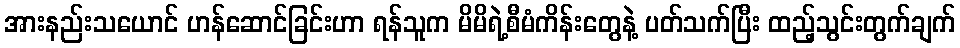
အားနည်းသယောင် ဟန်ဆောင်ခြင်းဟာ ရန်သူက မိမိရဲ့စီမံကိန်းတွေနဲ့ ပတ်သက်ပြီး ထည့်သွင်းတွက်ချက်